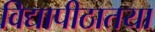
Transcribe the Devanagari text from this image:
विद्यापीठातया